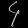
Digit: ၄